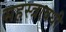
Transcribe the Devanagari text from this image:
सहस्त्रावधी